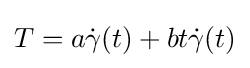
T=a{\dot {\gamma }}(t)+bt{\dot {\gamma }}(t)